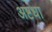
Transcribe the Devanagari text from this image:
अष्टधा